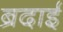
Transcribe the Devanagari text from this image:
ब्रदाई